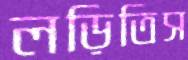
লড়িতিস